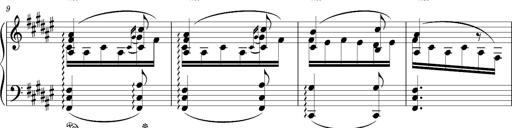
Title: Schlummerlied mit Arabesken
Composer: Franz Liszt
Key: F-sharp major